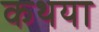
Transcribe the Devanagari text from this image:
कथया